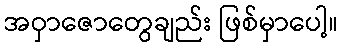
အဝှာဇောတွေချည်း ဖြစ်မှာပေါ့။